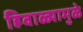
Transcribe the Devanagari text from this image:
हिवाळ्यामुळे